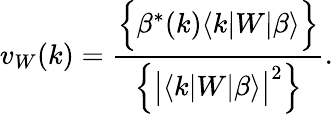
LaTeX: v_{W}(k)=\frac{\Big\{ \beta^{*}(k)\langle k|W|\beta\rangle\Big\} }{\Big\{ \big|\langle k|W|\beta\rangle\big|^{2}\Big\} }.